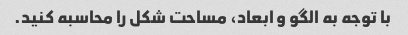
با توجه به الگو و ابعاد، مساحت شکل را محاسبه کنید.